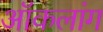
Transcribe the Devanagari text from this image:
ऑकलांग